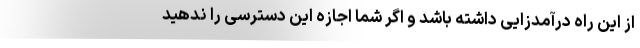
از این راه درآمدزایی داشته باشد و اگر شما اجازه این دسترسی را ندهید